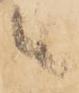
之